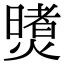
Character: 𪹶